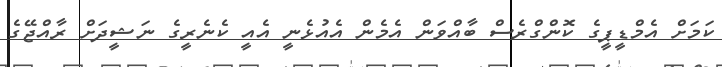
ކަމަށް އެމްޑީޕީގެ ކޮންގްރެސް ބާއްވަން އެމެން އެއުޅެނީ އެއީ ކެނެރީގެ ނަޝީދަށް ރާއްޖޭގެ